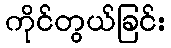
ကိုင်တွယ်ခြင်း